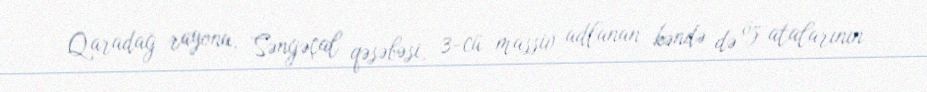
Qaradağ rayonu, Səngəçal qəsəbəsi, 3-cü massiv adlanan kəndə də öz atalarının